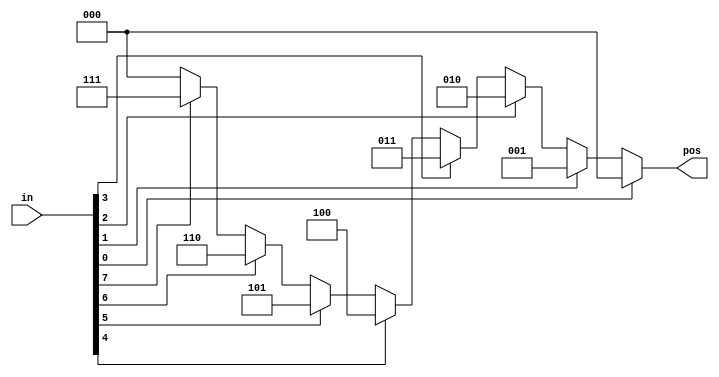
// synthesis verilog_input_version verilog_2001
module top_module (
    input [7:0] in,
    output reg [2:0] pos  );

    always @(*) begin
        casez (in)
            8'bzzzz_zzz1: pos=3'b000;
            8'bzzzz_zz1z: pos=3'b001;
            8'bzzzz_z1zz: pos=3'b010;
            8'bzzzz_1zzz: pos=3'b011;
            8'bzzz1_zzzz: pos=3'b100;
            8'bzz1z_zzzz: pos=3'b101;
            8'bz1zz_zzzz: pos=3'b110;
            8'b1zzz_zzzz: pos=3'b111;
            default: pos=3'b000;
        endcase
    end 
endmodule